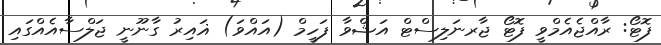
ފޮޓޯ: ރާއްޖެއެމްވީ ފޮޓޯ ޖާރނަލިސްޓް އަޝްވާ ފަހީމް (އައްވަ) ޣައިރު ގާނޫނީ ޖަލްސާއެއްގައި